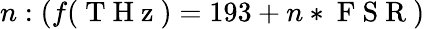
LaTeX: n:(f(\mathrm{~T~H~z~})=193+n*\mathrm{~F~S~R~})